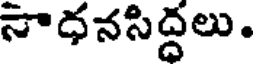
నాధనసిద్దలు.